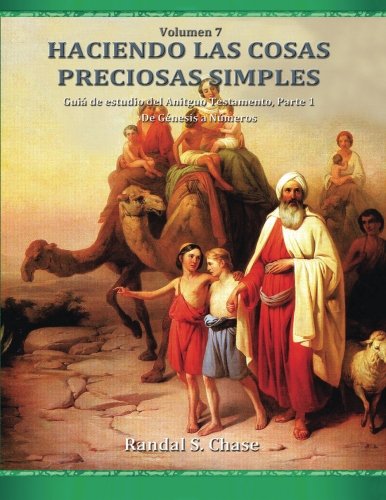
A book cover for GuÃ­a de estudio del Antiguo Testamento, parte 1: De GÃ©nesis a NÃºmeros (Haciendo las cosas preciosas simples) (Volume 7) (Spanish Edition); Randal S. Chase; Christian Books & Bibles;